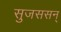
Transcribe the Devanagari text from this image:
सुजससन्